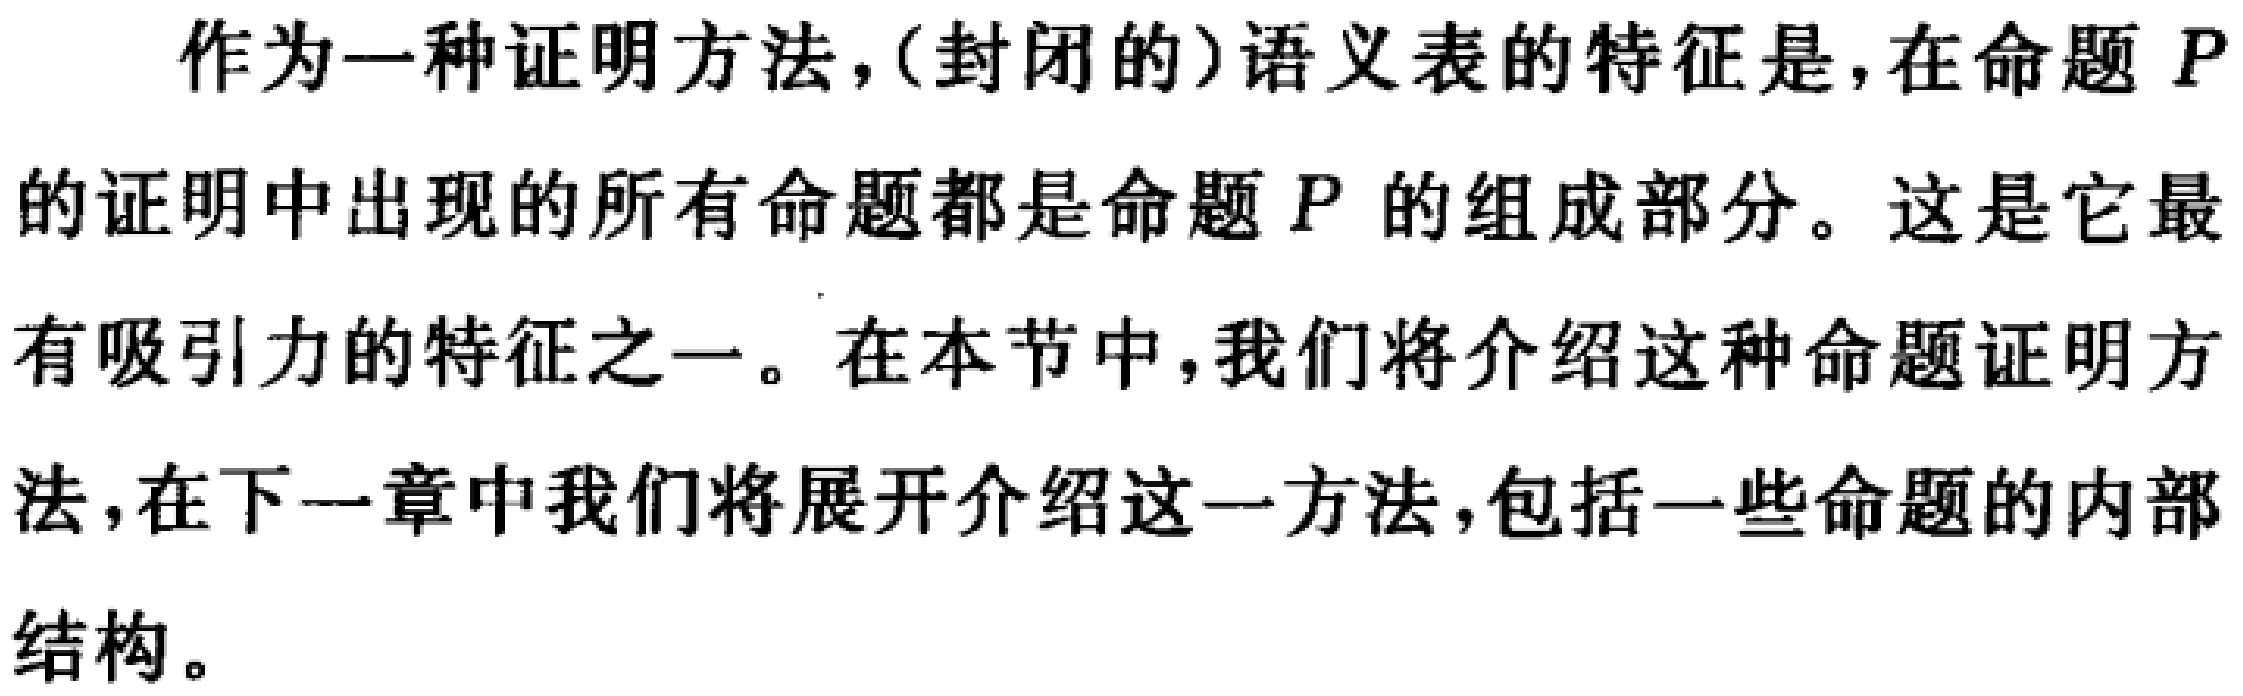
作为一种证明方法，(封闭的)语义表的特征是，在命题 \(P\)的证明中出现的所有命题都是命题 \(P\) 的组成部分。这是它最有吸引力的特征之一。在本节中，我们将介绍这种命题证明方法，在下一章中我们将展开介绍这一方法，包括一些命题的内部结构。